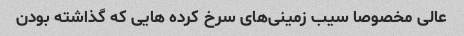
عالی مخصوصا سیب زمینی‌های سرخ کرده هایی که گذاشته بودن